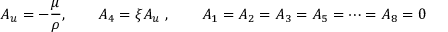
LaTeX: A _ { u } = - { \frac { \mu } { \rho } } , \qquad A _ { 4 } = \xi A _ { u } \ , \qquad A _ { 1 } = A _ { 2 } = A _ { 3 } = A _ { 5 } = \dots = A _ { 8 } = 0